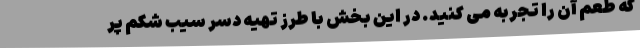
که طعم آن را تجربه می کنید. در این بخش با طرز تهیه دسر سیب شکم پر